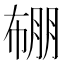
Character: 𭘯